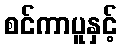
စင်ကာပူနှင့်